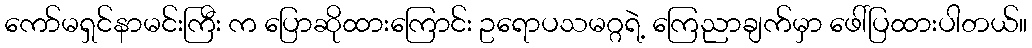
ကော်မရှင်နာမင်းကြီး က ပြောဆိုထားကြောင်း ဥရောပသမဂ္ဂရဲ့ ကြေညာချက်မှာ ဖေါ်ပြထားပါတယ်။